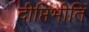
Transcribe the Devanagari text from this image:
दीप्तिभीति